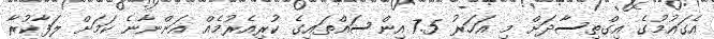
އެގައުމުގެ އިގްތިސާދަށް މި އަހަރު 7.5 އިންސައްތައިގެ ކުރިއެރުމެއް އަންނާނެ ކަމަށް ލަފާކުރާ